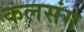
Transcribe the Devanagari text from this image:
कलसंग